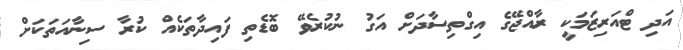
އަދި ޓްއަރިޒަމަކީ ރާއްޖޭގެ އިގްތިސާދަށް އަގު ނުކުރެވޭ ބޮޑެތި ފައިދާތަކެއް ކުރާ ސިނާއަތަކަށް